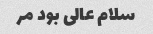
سلام عالی بود مر